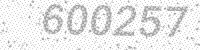
Solution: 600257